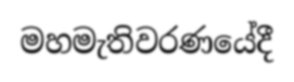
මහමැතිවරණයේදී